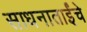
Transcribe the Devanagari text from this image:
साधनाताईंचे